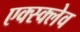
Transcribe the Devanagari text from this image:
एक्स्क्लेव